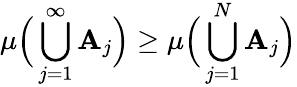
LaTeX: \mu{\Big(}\bigcup_{j=1}^{\infty}\mathbf{A}_{j}{\Big)}\geq\mu{\Big(}\bigcup_{j=1}^{N}\mathbf{A}_{j}{\Big)}